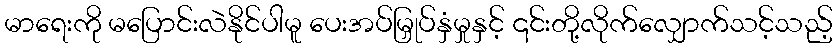
မာရေးကို မပြောင်းလဲနိုင်ပါမူ ပေးအပ်မြှုပ်နှံမှုနှင့် ၎င်းတို့လိုက်လျှောက်သင့်သည့်